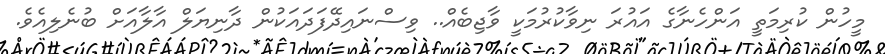
މީހުން ކުރިމަތީ އަންހެނާގެ އައުރަ ނިވާކުރުމަކީ ވާޖިބެއް.. ވިސްނައިދޭފަދައަކުން ދާނިޔަލް އާލާއަށް ބުނެލިއެވެ.